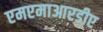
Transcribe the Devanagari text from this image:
एमएमाआरडीए